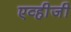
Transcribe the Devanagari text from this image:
एव्ही़जी